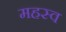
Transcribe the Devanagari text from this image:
महस्व